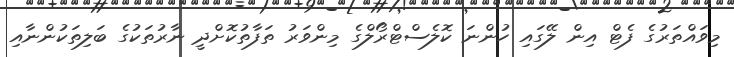
މިވައްތަރުގެ ފެޓް އިން ލޭގައި ހުންނަ ކޮލެސްޓްރޯލްގެ މިންވަރު ތަފާތުކޮށްދީ ނާރުތަކުގެ ބަލިތަކުންނާއި